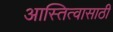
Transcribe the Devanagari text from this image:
आस्तित्वासाठी